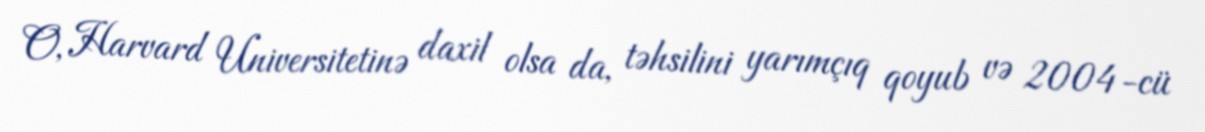
O, Harvard Universitetinə daxil olsa da, təhsilini yarımçıq qoyub və 2004-cü